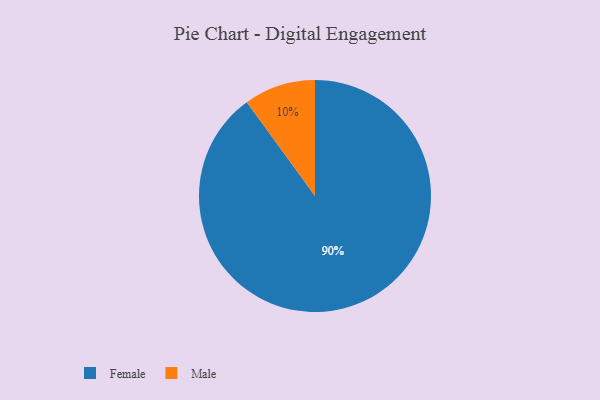
{"axis": {"x": "Category", "y": "Percentage"}, "legend": ["Female", "Male"], "data": [{"x": "Male", "y": 10, "type": "Male"}, {"x": "Female", "y": 90, "type": "Female"}]}